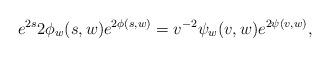
LaTeX: \begin{align*}e^{2s}2\phi_w(s,w)e^{2\phi(s,w)} = v^{-2}\psi_w(v,w)e^{2\psi(v,w)},\end{align*}